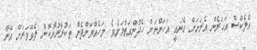
އެލެކްސް އަހަރެން އެރަށަށް ގެނައީ އަހަންނަށް ހެދުންގަތުމަށެވެ. މަހެއްވަންދެން ތަކުރާރުނޮކޮށް ލެވޭވަރަށް އޭނާ